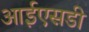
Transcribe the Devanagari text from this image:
आईएसडी